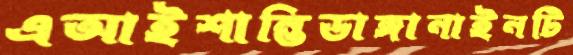
এআইশান্তিডাঙ্গানাইনটি